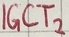
Text: IGCT2